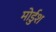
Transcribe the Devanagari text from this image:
मोर्डुश